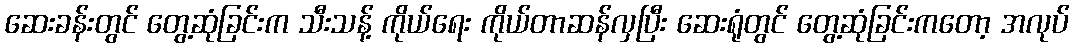
ဆေးခန်းတွင် တွေ့ဆုံခြင်းက သီးသန့် ကိုယ်ရေး ကိုယ်တာဆန်လှပြီး ဆေးရုံတွင် တွေ့ဆုံခြင်းကတော့ အလုပ်